Indian Medical Review
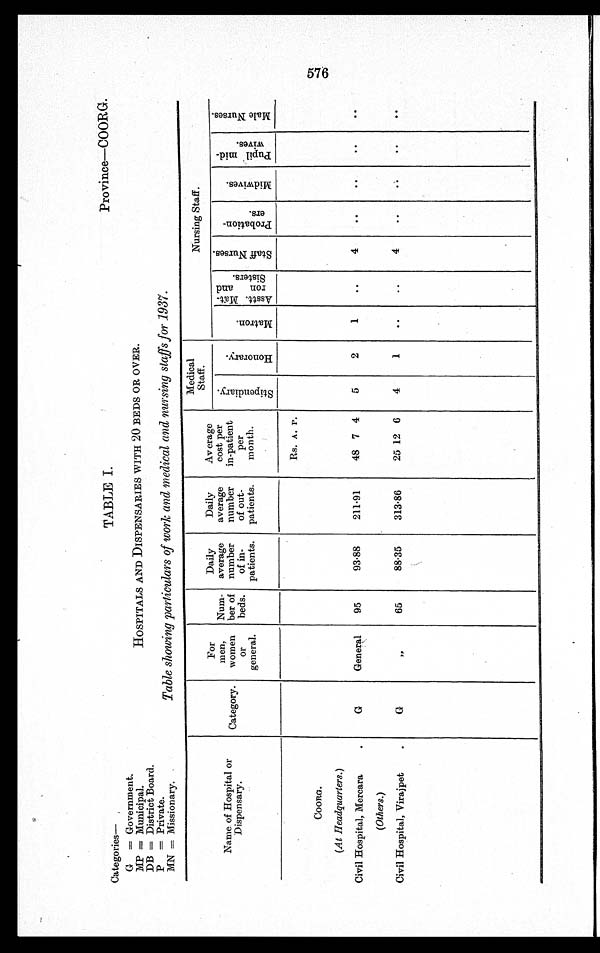
Categories—TABLE I.
Province—COORG.
G=Government.
MP=Municipal.
HOSPITALS AND DISPENSARIES WITH 20 BEDS OR OVER.
DB=District Board.
P=Private.
MN=Missionary.
Table showing particulars of work and medical and nursing staffs for 1937.
Name of Hospital or
Dispensary.
C a t e g o r y
For
men,
women
or
general.
Num-
ber of
beds.
Daily
average
number
of in-
patients.
Daily
average
number
of out-
patients.
Average
cost per
in-patient
per
month.
Medical
Staff.
Nursing Staff.
S t i p e n d i a r y .
H o n o r a r y .
M a t r o n .
A s s t t . M a t - r o n a n d s i s t e r s .
S t a f f N u r s e s
P r o b a t i o n - e r s .
M i d w i v e s .
P u p i l m i d - w i v e s .
M a l e N u r s e s .
Rs. A. P.
C O O R G .
(At Headquarters.)
Civil Hospital, Mercara
G
General 95
93.88
211.91
48 7 4 5
2
1
4
(Others.)
Civil Hospital, Virajpet
G
" 65
88.35 313.86
25 12 6 4
1
4